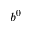
b ^ { 0 }